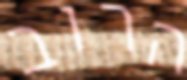
הרוב